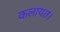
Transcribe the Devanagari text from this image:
कलायत।